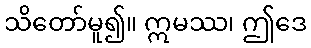
သိတော်မူ၍။ ဣမဿ၊ ဤဒေ